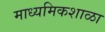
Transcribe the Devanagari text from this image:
माध्यमिकशाळा